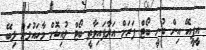
އީޕީއޭ އިން ބުނީ ބޯޓް ފަރަށް އަރާފައިވާތީ ބޯޓް ލުއިކޮށް މާހައުލަށް ލިބޭ